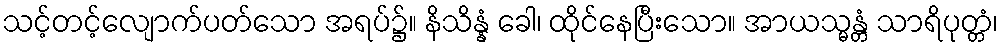
သင့်တင့်လျောက်ပတ်သော အရပ်၌။ နိသိန္နံ ခေါ၊ ထိုင်နေပြီးသော။ အာယသ္မန္တံ သာရိပုတ္တံ၊